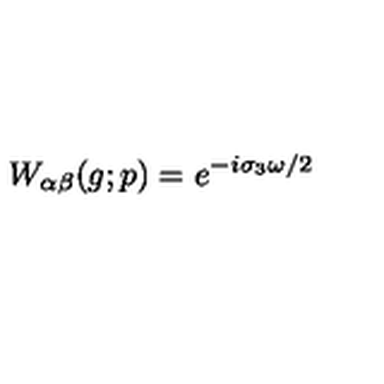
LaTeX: W _ { \alpha \beta } ( g ; p ) = e ^ { - i \sigma _ { 3 } \omega / 2 }